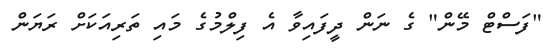
"ފަސްޓް މޭން" ގެ ނަން ދީފައިވާ އެ ފިލްމުގެ މައި ތަރިއަކަށް ރަޔަން